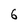
Character: 6